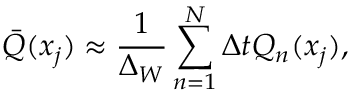
\bar { Q } ( x _ { j } ) \approx \frac { 1 } { \Delta _ { W } } \sum _ { n = 1 } ^ { N } \Delta t Q _ { n } ( x _ { j } ) ,